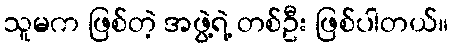
သူမက ဖြစ်တဲ့ အဖွဲ့ရဲ့ တစ်ဦး ဖြစ်ပါတယ်။